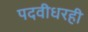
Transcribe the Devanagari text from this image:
पदवीधरही